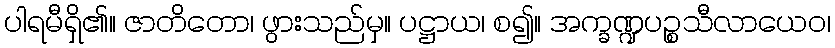
ပါရမီရှိ၏။ ဇာတိတော၊ ဖွားသည်မှ။ ပဋ္ဌာယ၊ စ၍။ အက္ခဏ္ဍပဉ္စသီလာယေဝ၊